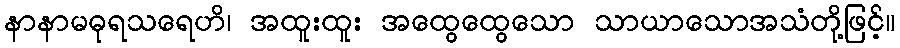
နာနာမဓုရသရေဟိ၊ အထူးထူး အထွေထွေသော သာယာသောအသံတို့ဖြင့်။